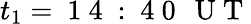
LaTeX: t_{1}=\mathrm{~1~4~:~4~0~\, ~U~T~}